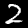
Digit: 2